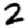
Digit: 2